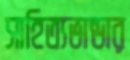
সাহিত্যভান্ডার